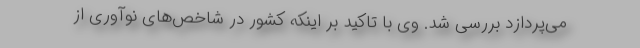
می‌پردازد بررسی شد. وی با تاکید بر اینکه کشور در شاخص‌های نوآوری از